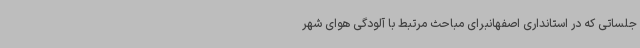
جلساتی که در استانداری اصفهانبرای مباحث مرتبط با آلودگی هوای شهر